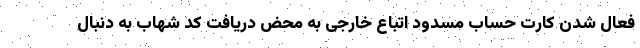
فعال شدن کارت حساب مسدود اتباع خارجی به محض دریافت کد شهاب به دنبال